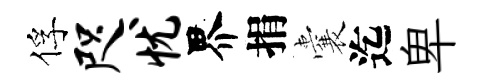
俘咫忧界捐囊迄卑